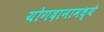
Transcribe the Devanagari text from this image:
योगदानामध्ये